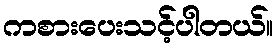
ကစားပေးသင့်ပါတယ်။